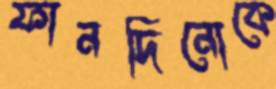
ফানদিনোকে